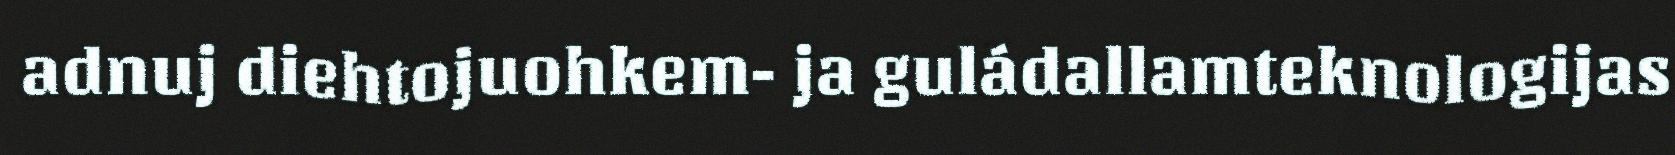
adnuj diehtojuohkem- ja guládallamteknologijas